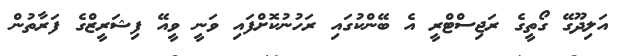
އަލިދޫގޭ ގޯތީގެ ރަޖިސްޓްރީ އެ ބޭންކުގައި ރަހުނުކޮށްފައި ވަނީ ވީއޭ ފިޝަރީޒްގެ ފަރާތުން